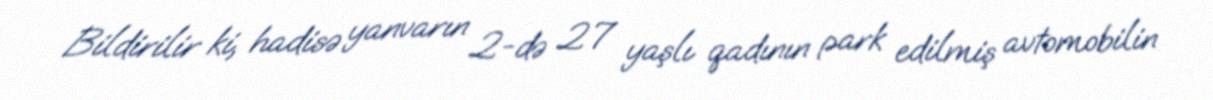
Bildirilir ki, hadisə yanvarın 2-də 27 yaşlı qadının park edilmiş avtomobilin